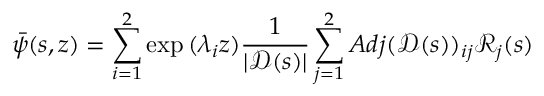
\bar { \psi } ( s , z ) = \sum _ { i = 1 } ^ { 2 } \exp { ( \lambda _ { i } z ) } \frac { 1 } { | \mathscr { D } ( s ) | } \sum _ { j = 1 } ^ { 2 } A d j ( \mathscr { D } ( s ) ) _ { i j } \mathscr { R } _ { j } ( s )